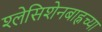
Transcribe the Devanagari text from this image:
श्लेसिशेनबाह्नच्या